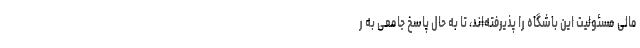
مالی مسئولیت این باشگاه را پذیرفته‌اند، تا به حال پاسخ جامعی به ر